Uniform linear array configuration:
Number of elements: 16
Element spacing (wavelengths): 0.5
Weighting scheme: exponential
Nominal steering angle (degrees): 30
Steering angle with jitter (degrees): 29.947
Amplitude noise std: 0.05
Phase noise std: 0.05

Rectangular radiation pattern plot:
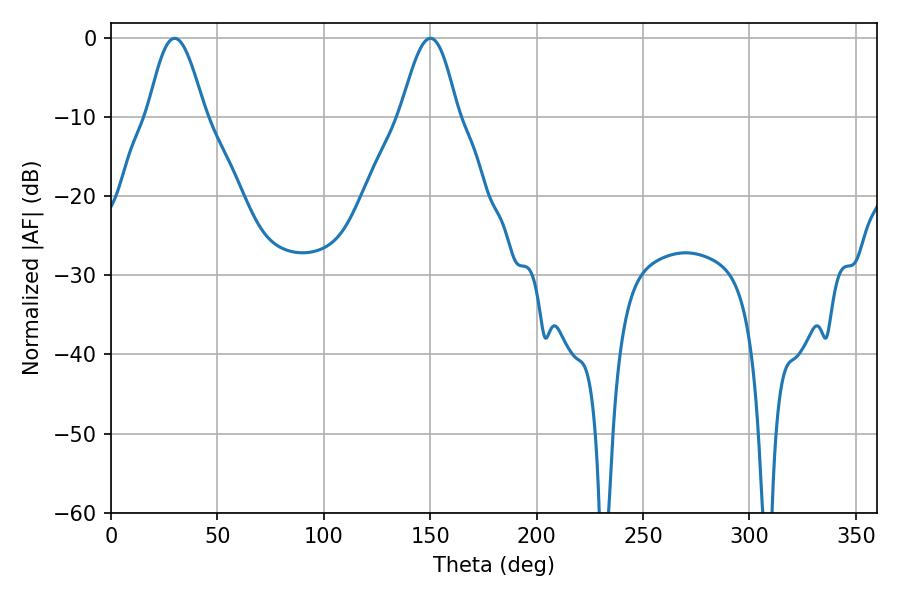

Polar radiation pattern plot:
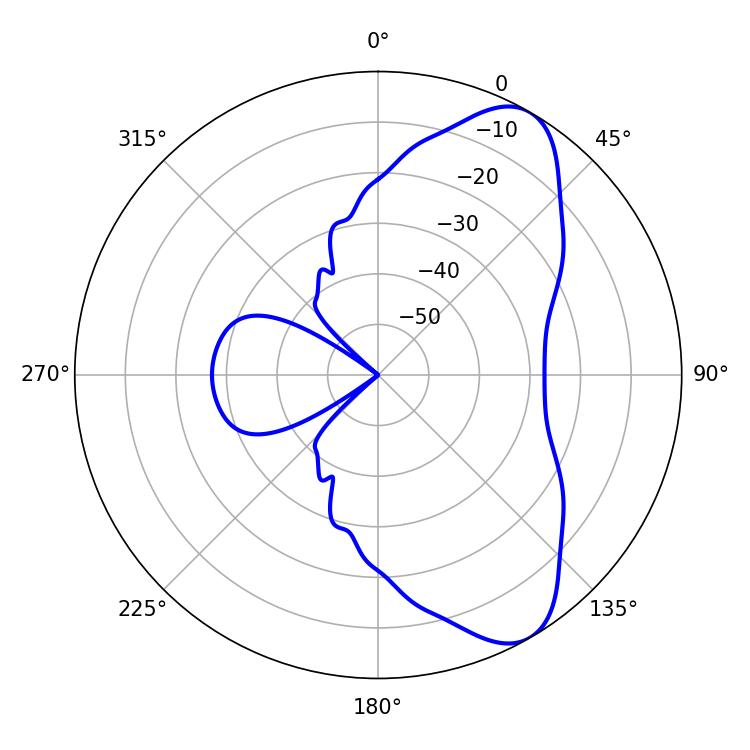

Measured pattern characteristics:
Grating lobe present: FALSE
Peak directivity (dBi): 8.261
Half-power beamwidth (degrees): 14.22
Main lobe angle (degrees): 29.88